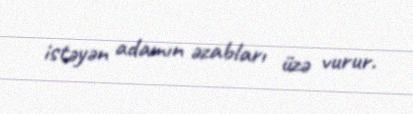
istəyən adamın əzabları üzə vurur.